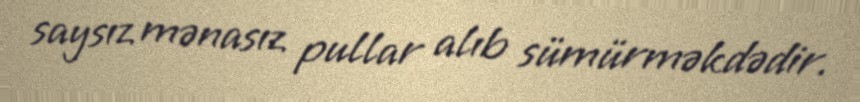
saysız mənasız pullar alıb sümürməkdədir.